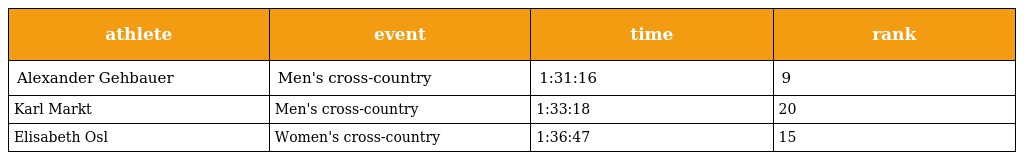
| athlete | event | time | rank |
 | --- | --- | --- | --- |
 | Alexander Gehbauer | Men's cross-country | 1:31:16 | 9 |
 | Karl Markt | Men's cross-country | 1:33:18 | 20 |
 | Elisabeth Osl | Women's cross-country | 1:36:47 | 15 |